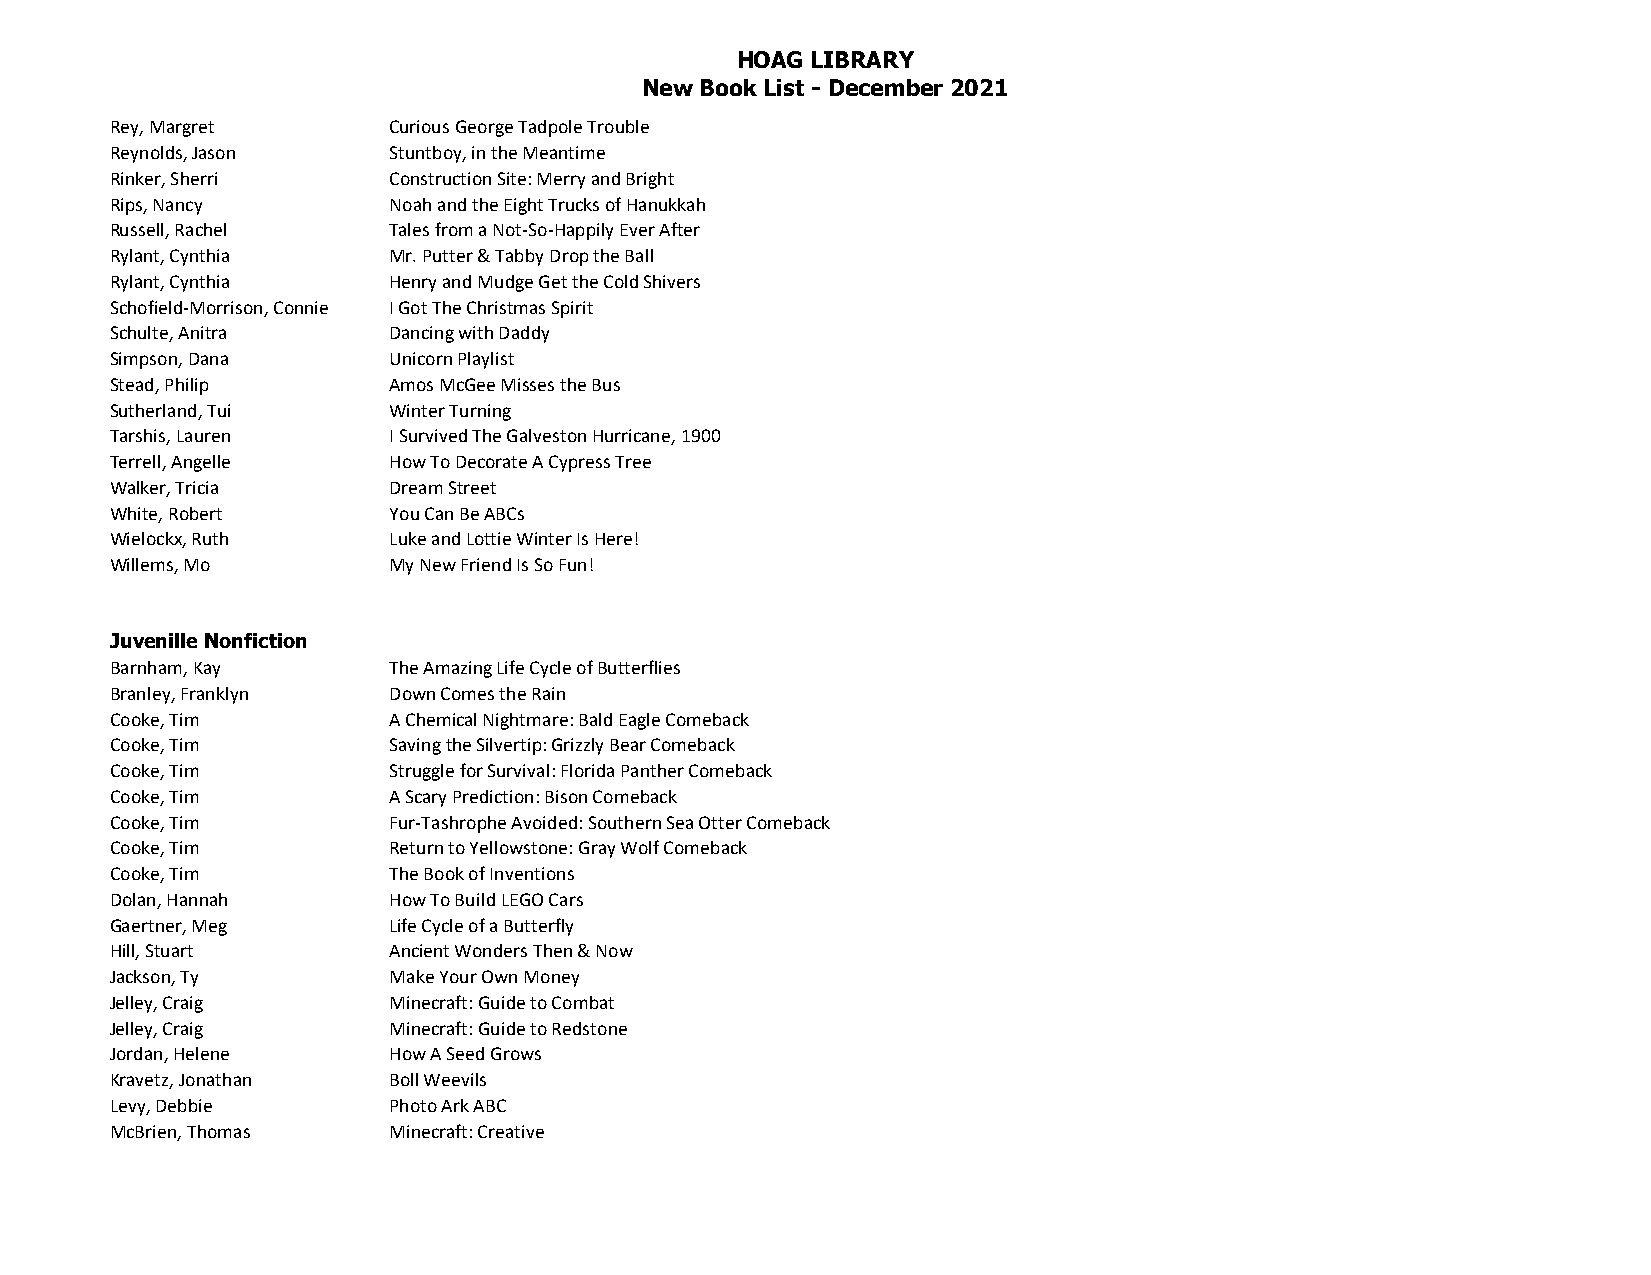
HOAG LIBRARY
 New Book List - December 2021
 Rey, Margret       Curious George Tadpole Trouble
 Reynolds, Jason    Stuntboy, in the Meantime
 Rinker, Sherri     Construction Site: Merry and Bright
 Rips, Nancy        Noah and the Eight Trucks of Hanukkah
 Russell, Rachel    Tales from a Not-So-Happily Ever After
 Rylant, Cynthia    Mr. Putter & Tabby Drop the Ball
 Rylant, Cynthia    Henry and Mudge Get the Cold Shivers
 Schofield-Morrison, Connie I Got The Christmas Spirit
 Schulte, Anitra    Dancing with Daddy
 Simpson, Dana      Unicorn Playlist
 Stead, Philip      Amos McGee Misses the Bus
 Sutherland, Tui    Winter Turning
 Tarshis, Lauren    I Survived The Galveston Hurricane, 1900
 Terrell, Angelle   How To Decorate A Cypress Tree
 Walker, Tricia     Dream Street
 White, Robert      You Can Be ABCs
 Wielockx, Ruth     Luke and Lottie Winter Is Here!
 Willems, Mo        My New Friend Is So Fun!
 Juvenille Nonfiction
 Barnham, Kay       The Amazing Life Cycle of Butterflies
 Branley, Franklyn  Down Comes the Rain
 Cooke, Tim         A Chemical Nightmare: Bald Eagle Comeback
 Cooke, Tim         Saving the Silvertip: Grizzly Bear Comeback
 Cooke, Tim         Struggle for Survival: Florida Panther Comeback
 Cooke, Tim         A Scary Prediction: Bison Comeback
 Cooke, Tim         Fur-Tashrophe Avoided: Southern Sea Otter Comeback
 Cooke, Tim         Return to Yellowstone: Gray Wolf Comeback
 Cooke, Tim         The Book of Inventions
 Dolan, Hannah      How To Build LEGO Cars
 Gaertner, Meg      Life Cycle of a Butterfly
 Hill, Stuart       Ancient Wonders Then & Now
 Jackson, Ty        Make Your Own Money
 Jelley, Craig      Minecraft: Guide to Combat
 Jelley, Craig      Minecraft: Guide to Redstone
 Jordan, Helene     How A Seed Grows
 Kravetz, Jonathan  Boll Weevils
 Levy, Debbie       Photo Ark ABC
 McBrien, Thomas    Minecraft: Creative